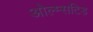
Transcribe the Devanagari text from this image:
ओल्म्सटिड